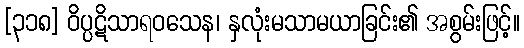
[၃၁၈] ဝိပ္ပဋိသာရဝသေန၊ နှလုံးမသာမယာခြင်း၏ အစွမ်းဖြင့်။